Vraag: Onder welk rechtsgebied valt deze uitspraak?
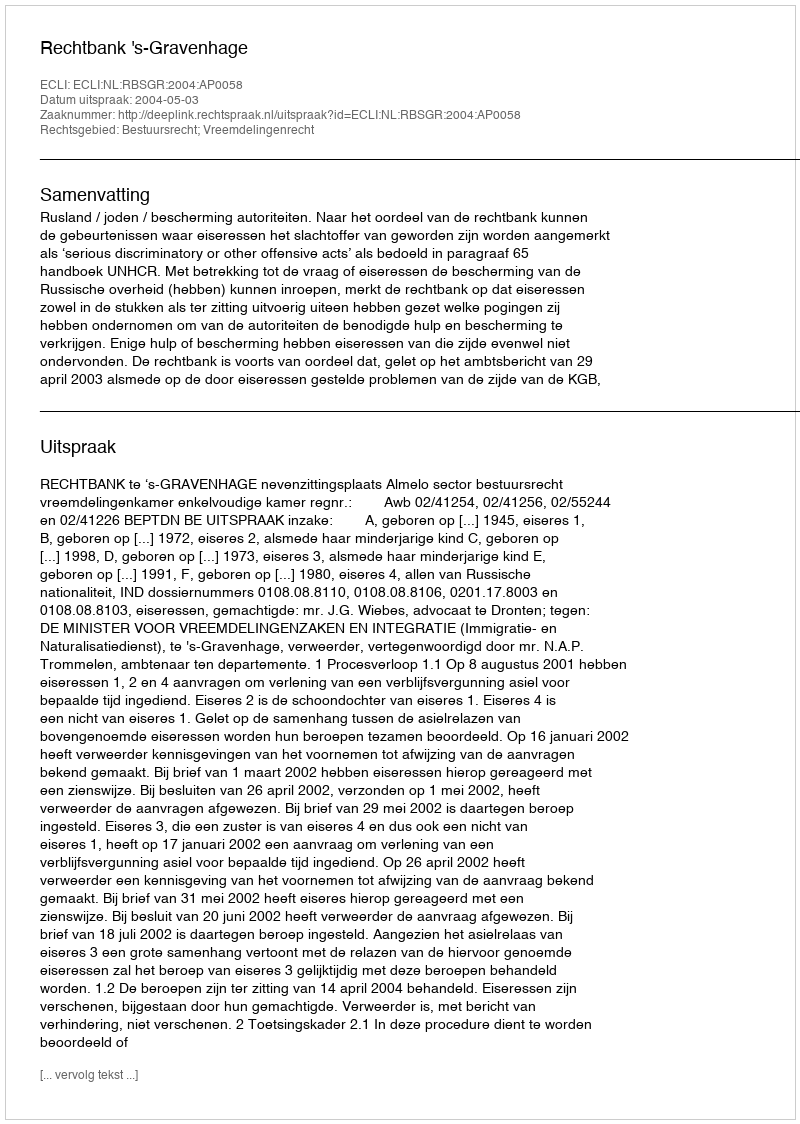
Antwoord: Bestuursrecht; Vreemdelingenrecht